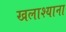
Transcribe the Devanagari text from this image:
खलाश्याना